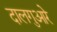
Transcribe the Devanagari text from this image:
दालगुआरे